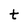
Character: t